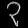
Digit: ၃